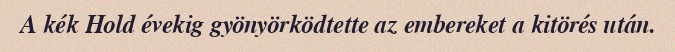
A kék Hold évekig gyönyörködtette az embereket a kitörés után.